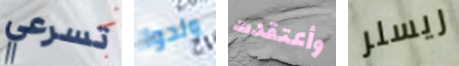
تسرعي ولدوا وأعتقدت ريسلر